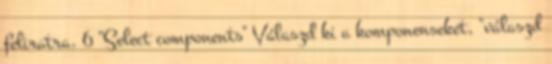
feliratra. 6 "Select components" Válaszd ki a komponenseket, "válaszd